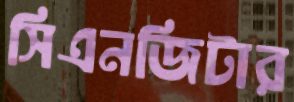
সিএনজিটার